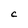
Character: C